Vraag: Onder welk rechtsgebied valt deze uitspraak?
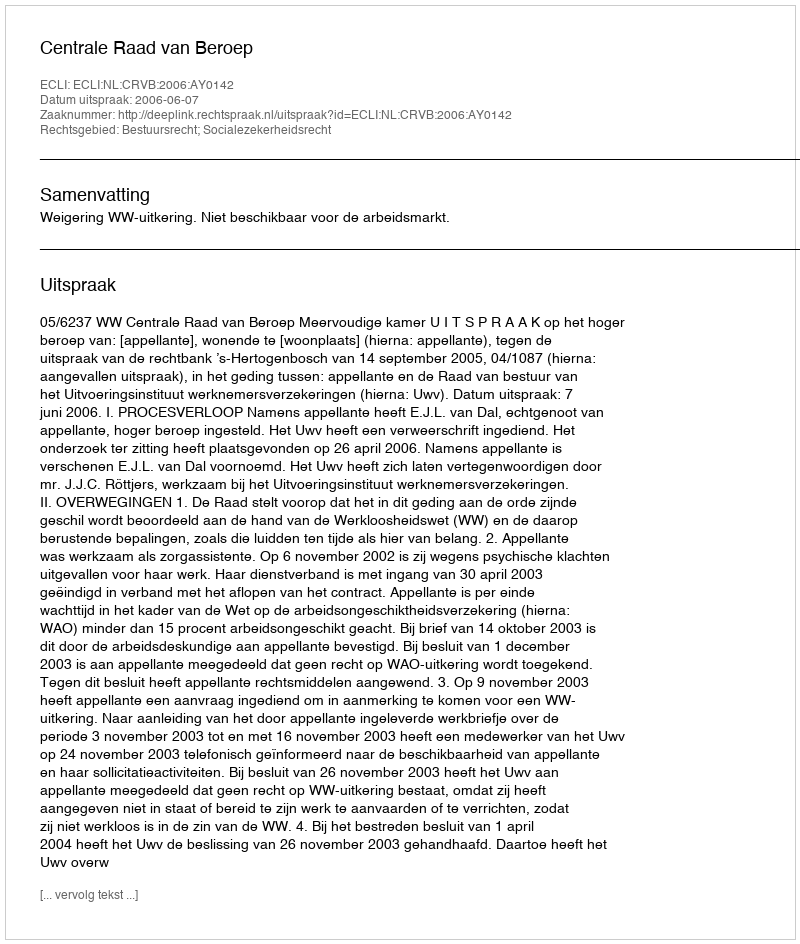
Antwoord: Bestuursrecht; Socialezekerheidsrecht